Civil Veterinary Dept. Bombay admin report 1893-99 - 1893-1899
Year: 1893
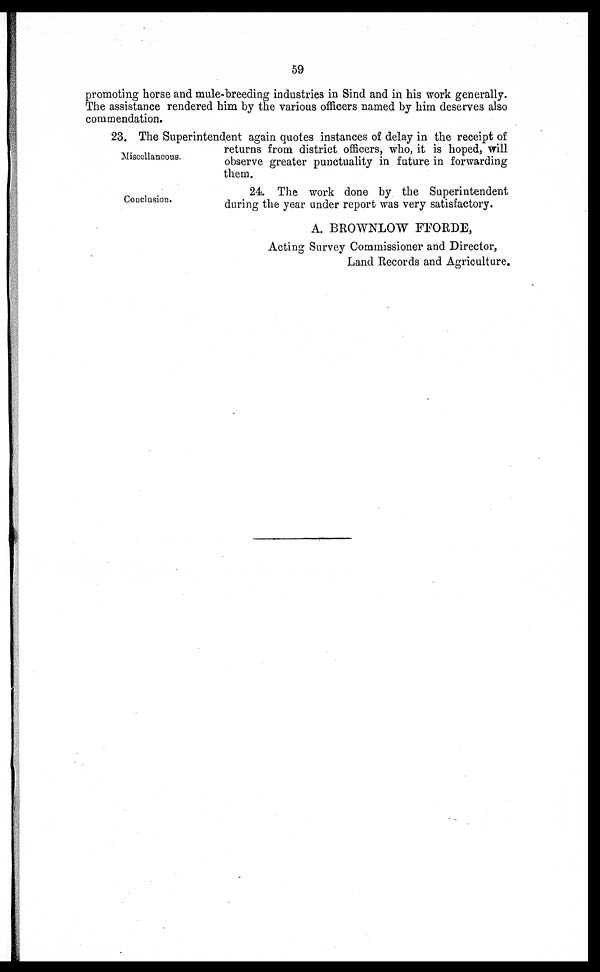
59
promoting horse and mule-breeding industries in Sind and in his work generally.
The assistance rendered him by the various officers named by him deserves also
commendation.
Miscellaneous.
23. The Superintendent again quotes instances of delay in the receipt of
returns from district officers, who, it is hoped, will
observe greater punctuality in future in forwarding
them.
Conclusion.
24. The work done by the Superintendent
during the year under report was very satisfactory.
A. BROWNLOW FFORDE,
Acting Survey Commissioner and Director,
Land Records and Agriculture.